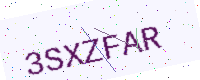
Text: 3SXZFAR